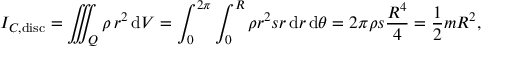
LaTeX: I _ { C , { \mathrm { d i s c } } } = \iiint _ { Q } \rho \, r ^ { 2 } \, \mathrm { d } V = \int _ { 0 } ^ { 2 \pi } \int _ { 0 } ^ { R } \rho r ^ { 2 } s r \, \mathrm { d } r \, \mathrm { d } \theta = 2 \pi \rho s { \frac { R ^ { 4 } } { 4 } } = { \frac { 1 } { 2 } } m R ^ { 2 } ,